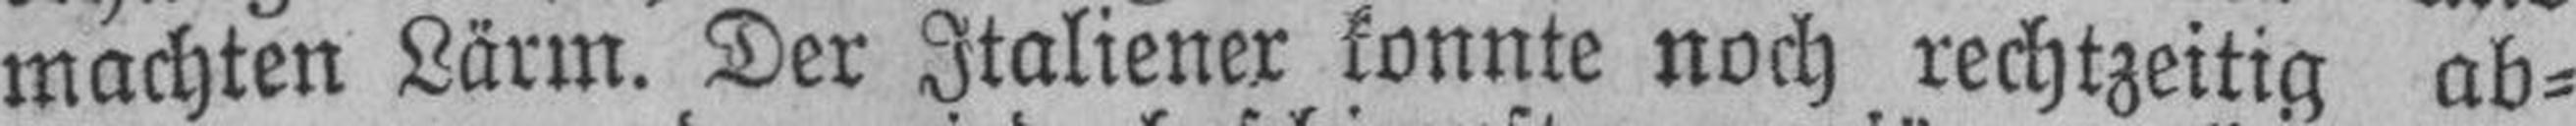
machten Lärm. Der Italiener konnte noch rechtzeitig ab¬